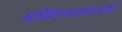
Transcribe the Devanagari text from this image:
सच्चिनन्दस्वरूपको